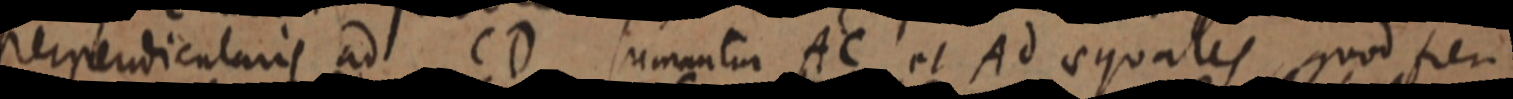
perpendicularis ad CD semantur AC et Ad aequales, quod feri